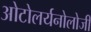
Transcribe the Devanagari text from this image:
ओटोलर्यनोलोजी